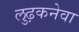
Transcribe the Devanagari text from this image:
लुढ़कनेवा